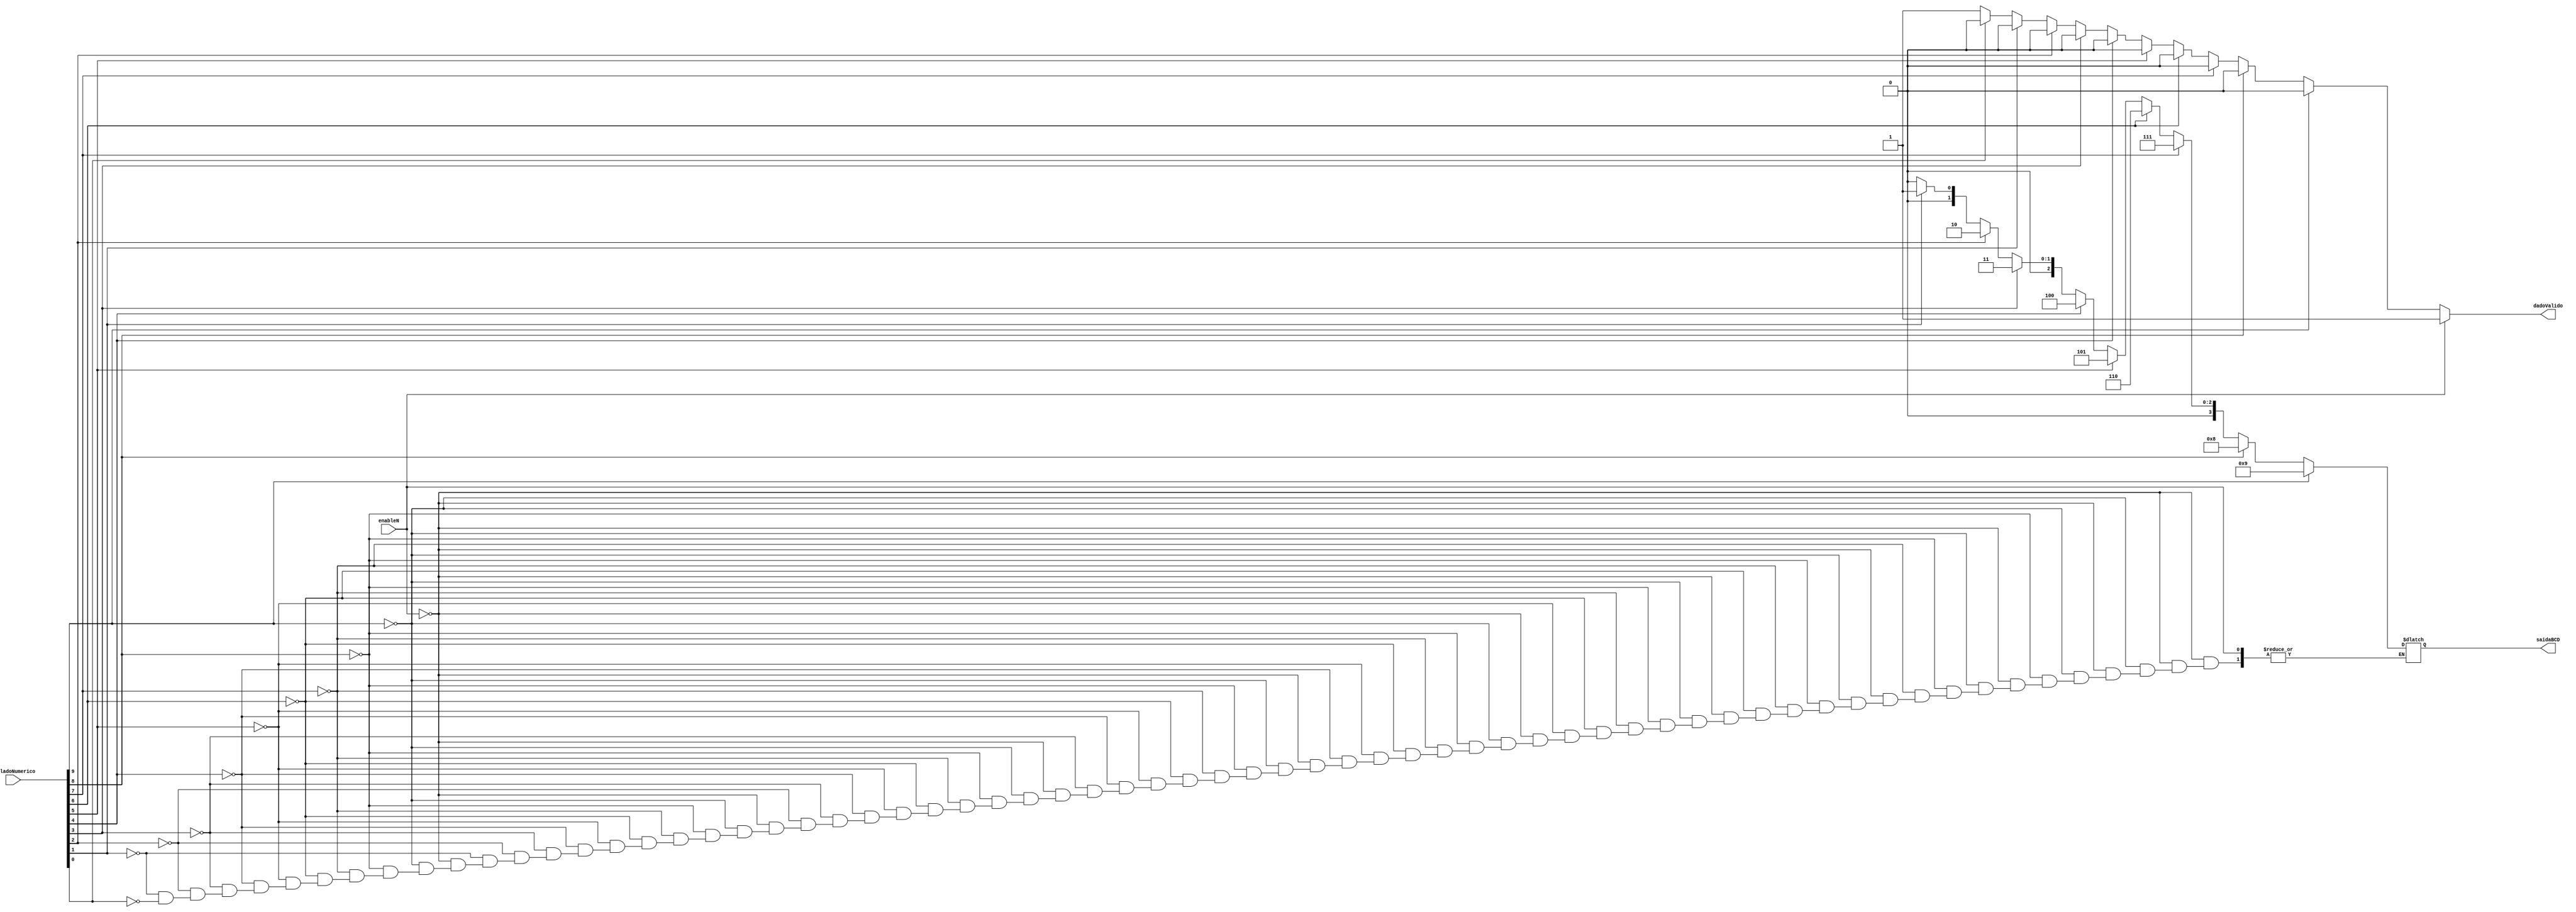
module codificadorPrioritario(output reg [3:0]saidaBCD, output reg dadoValido,
                                input wire enableN, input wire [9:0]tecladoNumerico);
    
    always@(*)begin
        if(enableN == 0)begin
            dadoValido = 0;
            if(tecladoNumerico[9] == 1) begin
                saidaBCD = 4'd9;
            end
            else
            if(tecladoNumerico[8] == 1) begin
                saidaBCD = 4'd8;
            end
            else
            if(tecladoNumerico[7] == 1) begin
                saidaBCD = 4'd7;
            end
            else
            if(tecladoNumerico[6] == 1) begin
                saidaBCD = 4'd6;
            end
            else
            if(tecladoNumerico[5] == 1) begin
                saidaBCD = 4'd5;
            end
            else
            if(tecladoNumerico[4] == 1) begin
                saidaBCD = 4'd4;
            end
            else
            if(tecladoNumerico[3] == 1) begin
                saidaBCD = 4'd3;
            end
            else
            if(tecladoNumerico[2] == 1) begin
                saidaBCD = 4'd2;
            end
            else
            if(tecladoNumerico[1] == 1) begin
                saidaBCD = 4'd1;
            end
            else
            if(tecladoNumerico[0] == 1) begin
                saidaBCD = 4'd0;
            end
            else
                dadoValido = 1;
        end
        else begin
            dadoValido = 1;
        end
    end

endmodule